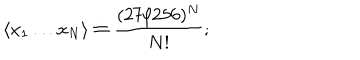
LaTeX: \langle x _ { 1 } \dots x _ { N } \rangle \doteq \frac { ( 2 7 / 2 5 6 ) ^ { N } } { N ! } ;